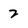
Character: 2